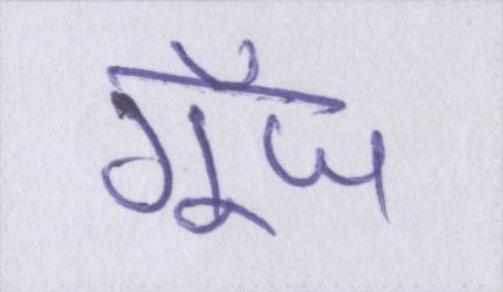
गूँज